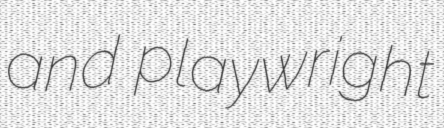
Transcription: and playwright